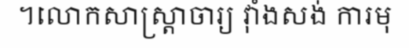
។លោកសាស្ត្រាចារ្យ វ៉ាំងសង់ ការមុ